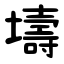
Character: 壔